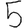
Digit: 5